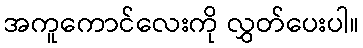
အကူကောင်လေးကို လွှတ်ပေးပါ။